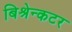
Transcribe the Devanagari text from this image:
बिश्रेन्कटर